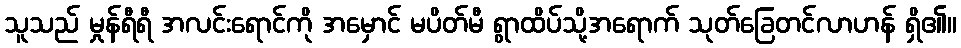
သူသည် မှုန်ရီရီ အလင်းရောင်ကို အမှောင် မပိတ်မီ ရွာထိပ်သို့အရောက် သုတ်ခြေတင်လာဟန် ရှိ၏။